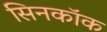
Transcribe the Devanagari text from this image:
सिनकॉक